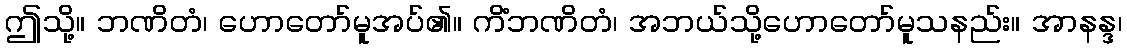
ဤသို့။ ဘဏိတံ၊ ဟောတော်မူအပ်၏။ ကိံဘဏိတံ၊ အဘယ်သို့ဟောတော်မူသနည်း။ အာနန္ဒ၊